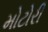
મોટોરી